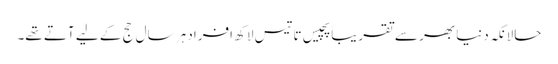
حالانکہ دنیا بھر سے تقریباً پچیس تا تیس لاکھ افراد ہر سال حج کے لیے آتے تھے۔